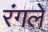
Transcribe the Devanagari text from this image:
रंगले